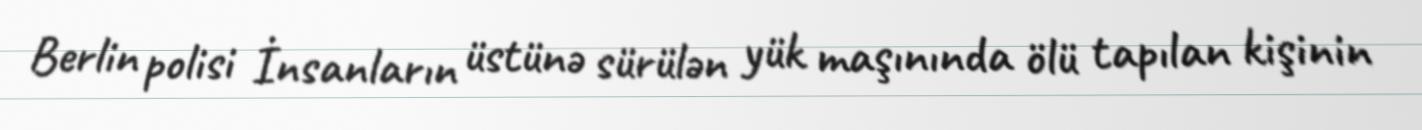
Berlin polisi İnsanların üstünə sürülən yük maşınında ölü tapılan kişinin